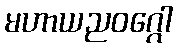
မဟာယညဝဂ္ဂေါ